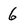
Character: 6